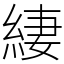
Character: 緀